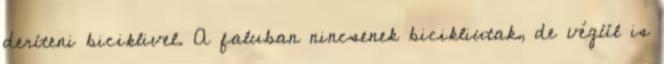
deríteni biciklivel. A faluban nincsenek bicikliutak, de végül is